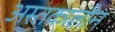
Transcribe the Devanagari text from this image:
अस्तकालीन